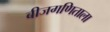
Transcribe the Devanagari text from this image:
बीजगणिताला